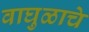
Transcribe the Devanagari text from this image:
वाघुळाचे